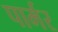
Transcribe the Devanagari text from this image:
पार्मर